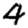
Digit: 4